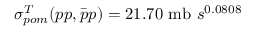
\sigma _ { p o m } ^ { T } ( p p , \bar { p } p ) = 2 1 . 7 0 ~ \mathrm { m b } ~ s ^ { 0 . 0 8 0 8 }